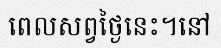
ពេលសព្វថ្ងៃនេះ។នៅ